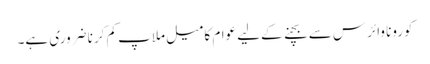
کورونا وائرس سے بچنے کےلیے عوام کا میل ملاپ کم کرنا ضروری ہے۔